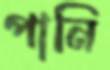
পানি